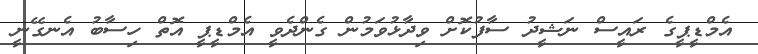
އެމްޑީޕީގެ ރައީސް ނަޝީދު ސާފުކޮށް ވިދާޅުވަމުން ގެންދެވީ އެމްޑީޕީ އޮތް ހިސާބު އެނގޭނީ